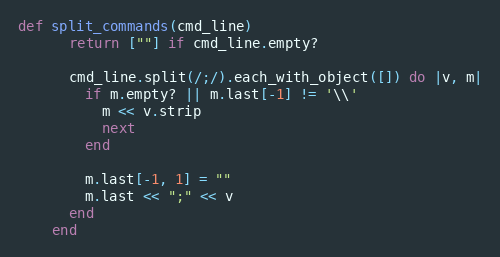
Language: Ruby
def split_commands(cmd_line)
      return [""] if cmd_line.empty?

      cmd_line.split(/;/).each_with_object([]) do |v, m|
        if m.empty? || m.last[-1] != '\\'
          m << v.strip
          next
        end

        m.last[-1, 1] = ""
        m.last << ";" << v
      end
    end